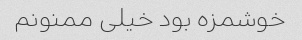
خوشمزه بود خیلی ممنونم